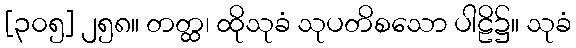
[၃၀၅] ၂၅၈။ တတ္ထ၊ ထိုသုခံ သုပတိစသော ပါဠိ၌။ သုခံ